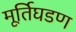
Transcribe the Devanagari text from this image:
मूर्तिघडण